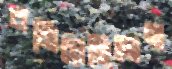
বনিয়েছিলেম